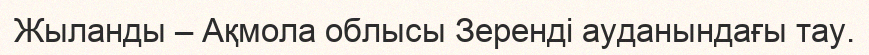
Жыланды – Ақмола облысы Зеренді ауданындағы тау.